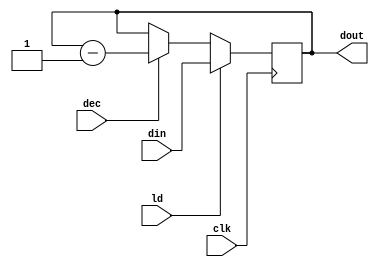
`timescale 1ns / 1ps
//////////////////////////////////////////////////////////////////////////////////
// Company: 
// Engineer: 
// 
// Design Name: 
// Module Name:    count 
// Project Name: 
// Target Devices: 
// Tool versions: 
// Description: 
//
// Dependencies: 
//
// Revision: 
// Revision 0.01 - File Created
// Additional Comments: 
//
//////////////////////////////////////////////////////////////////////////////////
module count(dout,din,ld,dec,clk
    );
	 input [15:0] din;
	 input dec,clk,ld;
	 output reg [15:0] dout;
	 
	 always @ (posedge clk)
	 begin
		if (ld) dout<=din;
		else if (dec) dout<=dout-1;
	 end
	 
endmodule